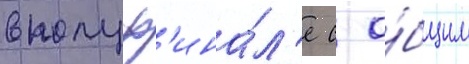
в полуф'ина́л'е с о́бщим